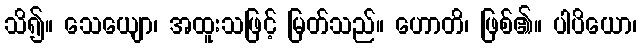
သိ၍။ သေယျော၊ အထူးသဖြင့် မြတ်သည်။ ဟောတိ၊ ဖြစ်၏။ ပါပိယော၊